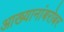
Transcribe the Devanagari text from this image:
आख्यानांबरोबर